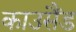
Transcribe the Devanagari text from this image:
काउसैंड